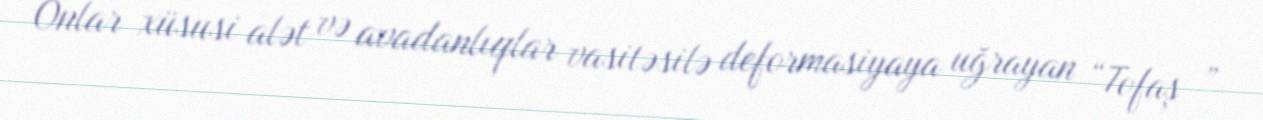
Onlar xüsusi alət və avadanlıqlar vasitəsilə deformasiyaya uğrayan “Tofaş ”